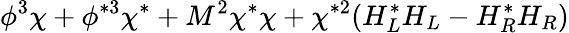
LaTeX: \phi^{3}\chi+\phi^{*3}\chi^{*}+M^{2}\chi^{*}\chi+\chi^{*2}(H_{L}^{*}H_{L}-H_{R}^{*}H_{R})